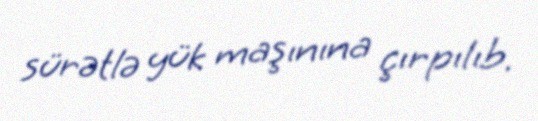
sürətlə yük maşınına çırpılıb.